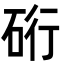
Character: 𮀖